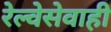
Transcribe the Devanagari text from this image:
रेल्वेसेवाही